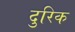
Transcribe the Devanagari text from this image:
दुरिक